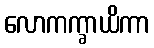
လောကက္ခာယိကာ